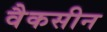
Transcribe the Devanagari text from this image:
वैकसीन